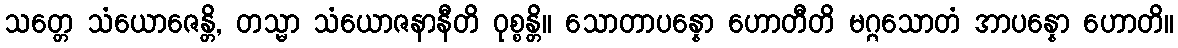
သတ္တေ သံယောဇေန္တိ, တသ္မာ သံယောဇနာနီတိ ဝုစ္စန္တိ။ သောတာပန္နော ဟောတီတိ မဂ္ဂသောတံ အာပန္နော ဟောတိ။